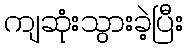
ကျဆုံးသွားခဲ့ပြီး